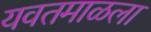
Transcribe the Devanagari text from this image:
यवतमाळला